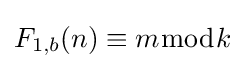
F_{1,b}(n)\equiv m{\bmod {k}}